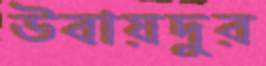
উবায়দুর